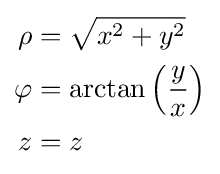
{\begin{aligned}\rho &={\sqrt {x^{2}+y^{2}}}\\\varphi &=\arctan \left({\frac {y}{x}}\right)\\z&=z\end{aligned}}